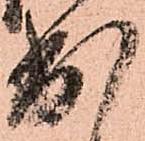
出